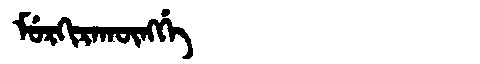
Manchu: ᠮᡠᡵᡴᡳᡵᠠᡴᡡᠩᡤᡝ
Romanization: MURKIRAKŪNGGE